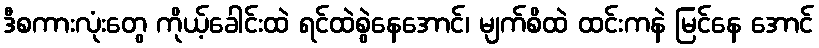
ဒီစကားလုံးတွေ ကိုယ့်ခေါင်းထဲ ရင်ထဲစွဲနေအောင်၊ မျက်စိထဲ ထင်းကနဲ မြင်နေ အောင်